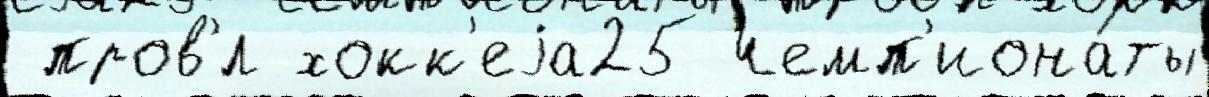
 пров'́л хокк'еjа25 чемп'иона́ты